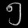
Digit: ၅